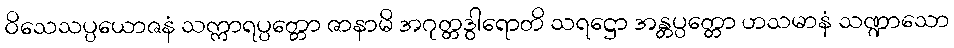
ဝိသေသပ္ပယောဇနံ သက္ကာရပ္ပတ္တော ဇာနာမိ အဂုတ္တဒွါရောတိ သရဋ္ဌော အန္တပ္ပတ္တော ဟသမာနံ သဏ္ဍာသော